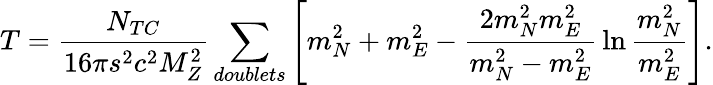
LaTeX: T={\frac{N_{TC}}{16\pi s^{2}c^{2}M_{Z}^{2}}}\sum_{doublets}\left[m_{N}^{2}+m_{E}^{2}-{\frac{2m_{N}^{2}m_{E}^{2}}{m_{N}^{2}-m_{E}^{2}}}\ln{\frac{m_{N}^{2}}{m_{E}^{2}}}\right].